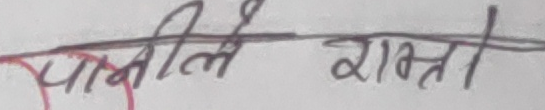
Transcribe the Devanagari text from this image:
पासीले राम्रो